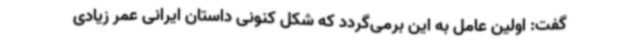
گفت: اولین عامل به این برمی‌گردد که شکل کنونی داستان ایرانی عمر زیادی